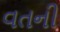
વતની